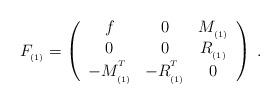
LaTeX: \begin{align*}F_{_{(1)}}=\left(\begin{array}{ccc}f & 0 & M_{_{(1)}} \\0 & 0 & R_{_{(1)}} \\-M_{_{(1)}}^{^T} & -R_{_{(1)}}^{^T} & 0\end{array}\right) \;.\end{align*}